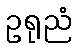
ဥရုညံ